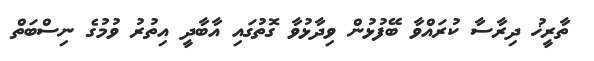
ތާރީޚު ދިރާސާ ކުރައްވާ ބޭފުޅުން ވިދާޅުވާ ގޮތުގައި އާބާދީ އިތުރު ވުމުގެ ނިސްބަތް